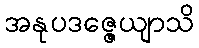
အနုပဒဇ္ဇေယျာသိ